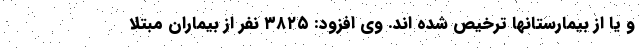
و یا از بیمارستانها ترخیص شده اند. وی افزود: ۳۸۲۵ نفر از بیماران مبتلا